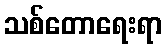
သစ်တောရေးရာ